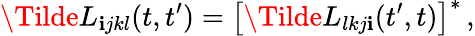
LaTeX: \Tilde{L}_{\mathbf{i}jkl}(t,t^{\prime})=\big[\Tilde{L}_{lkj\mathbf{i}}(t^{\prime},t)\big]^{*}\, ,